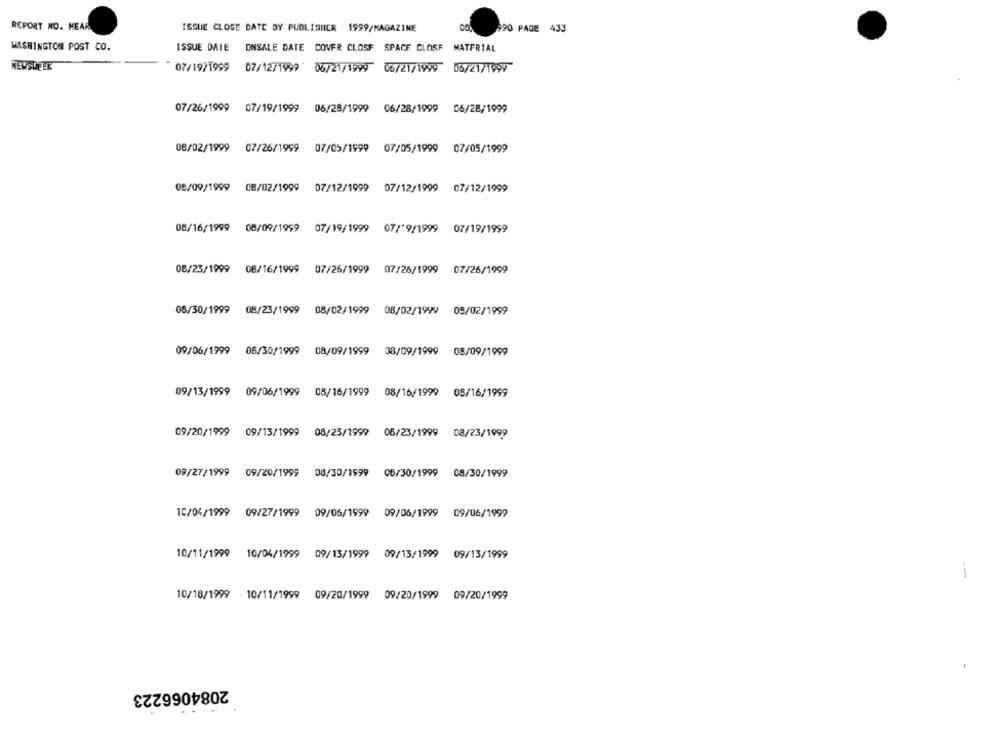
REPORT NO. KEAR
ISSUE CLOSE DATE BY PUBLISHER 1999/MAGAZINE
990 PAGE 433
WASHINGTON POST CO.
ISSUE DRIE
ONSALE DATE COVER CLOSE SPACE CLOSE MATERIAL
NEWSWEEK
07/19/1999
07/12/1999 06/21/1999 06/21/1999 06/21/1997
07/26/1999
07/19/1999 06/25/1999 06/28/1999 06/28/1999
08/02/1999 07/26/1999 07/05/1999 07/05/1999 07/05/1999
08/09/1999 08/02/1999 07/12/1999 07/12/1999 07/12/1999
08/16/1999 08/09/1999 07/19/1999 07/19/1999 07/19/1959
08/23/1999 08/16/1999 07/26/1999 07/26/1999 07/26/1999
08/30/1999
08/23/1999 08/02/1999
08/02/1999 05/02/1999
09/06/1999 06/30/1999 08/09/1999
08/09/1999 08/09/1999
09/13/1999 09/06/1999 08/16/1999 08/16/1999 05/16/1999
09/20/1999
09/13/1999 08/23/1999
06/23/1999 08/23/1999
09/27/1999 09/20/1999 08/30/1999 06/30/1999 08/30/1999
10/04/1999 09/27/1999 09/06/1999 09/06/1999 09/06/1999
10/11/1999 10/04/1999 09/13/1999
09/13/1999 09/13/1999
--
10/18/1999 10/11/1999 09/20/1999 09/20/1999 09/20/1999
2084066223